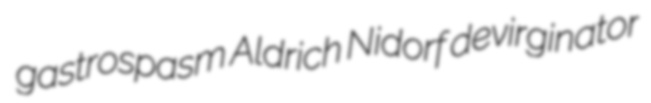
gastrospasm Aldrich Nidorf devirginator